Indian journal of veterinary science and animal husbandry - Volume 4,
Year: 1934
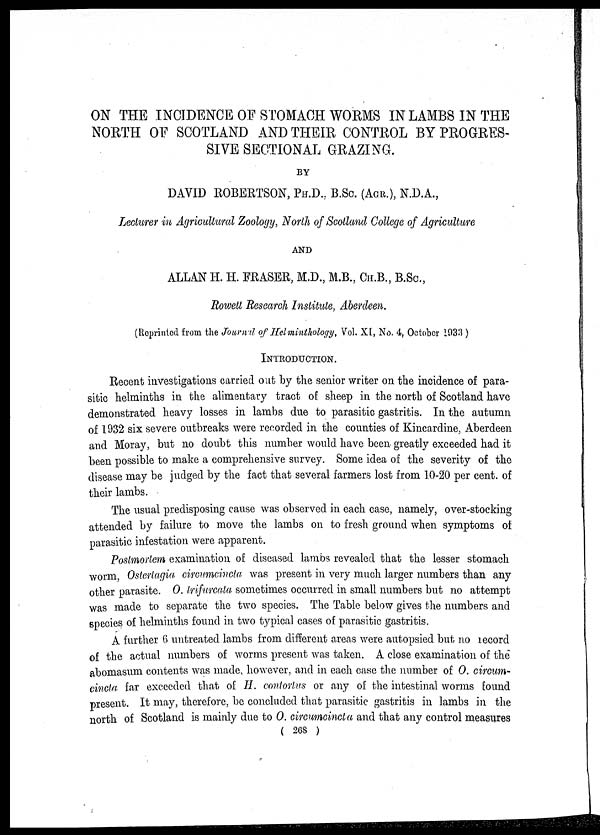
ON THE INCIDENCE OF STOMACH WORMS IN LAMBS IN THE
NORTH OF SCOTLAND AND THEIR CONTROL BY PROGRES-
SIVE SECTIONAL GRAZING.
BY
DAVID ROBERTSON, PH.D. B.Sc. (AGR.), N.D.A.,
Lecturer in Agricultural Zoology, North of Scotland College of Agriculture
AND
ALLAN H. H. FRASER, M.D., M.B., CH.B., B.Sc.,
Rowett Research Institute, Aberdeen.
(Reprinted from the Journal of Helminthology, Vol. XI, No. 4, October 1933 )
INTRODUCTION.
Recent investigations carried out by the senior writer on the incidence of para-
sitic helminths in the alimentary tract of sheep in the north of Scotland have
demonstrated heavy losses in lambs due to parasitic gastritis. In the autumn
of 1932 six severe outbreaks were recorded in the counties of Kincardine, Aberdeen
and Moray, but no doubt this number would have been greatly exceeded had it
been possible to make a comprehensive survey. Some idea of the severity of the
disease may be judged by the fact that several farmers lost from 10-20 per cent. of
their lambs.
The usual predisposing cause was observed in each case, namely, over-stocking
attended by failure to move the lambs on to fresh ground when symptoms of
parasitic infestation were apparent.
Postmortem examination of diseased lambs revealed that the lesser stomach
worm, Ostertagia circumcincta was present in very much larger numbers than any
other parasite. O. trifurcata sometimes occurred in small numbers but no attempt
was made to separate the two species. The Table below gives the numbers and
species of helminths found in two typical cases of parasitic gastritis.
A further 6 untreated lambs from different areas were autopsied but no record
of the actual numbers of worms present was taken. A close examination of the
abomasum contents was made, however, and in each case the number of O. circum-
cincta far exceeded that of H contortus or any of the intestinal worms found
present. It may, therefore, be concluded that parasitic gastritis in lambs in the
north of Scotland is mainly due to O. circumcincta and that any control measures
( 268 )